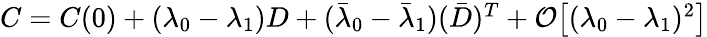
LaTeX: \begin{array}{r}{C=C(0)+(\lambda_{0}-\lambda_{1})D+(\bar{\lambda}_{0}-\bar{\lambda}_{1})(\bar{D})^{T}+\mathcal{O}\big[(\lambda_{0}-\lambda_{1})^{2}\big]}\end{array}